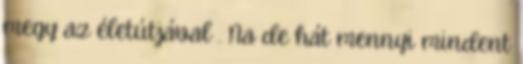
megy az életútjával . Na de hát mennyi mindent